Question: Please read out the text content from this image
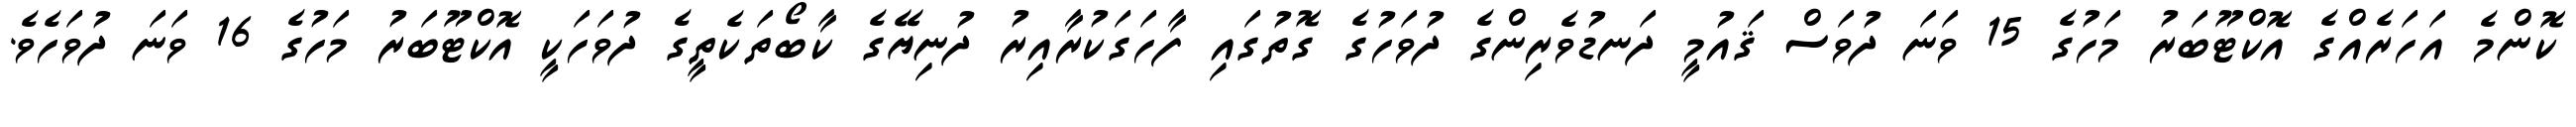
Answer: ކޮންމެ އަހަރެއްގެ އޮކްޓޫބަރު މަހުގެ 15 ވަނަ ދުވަސް ޤައުމީ ދަނޑުވެރިންގެ ދުވަހުގެ ގޮތުގައި ފާހަގަކުރާއިރު ދުނިޔޭގެ ކާބޯތަކެތީގެ ދުވަހަކީ އޮކްޓޫބަރު މަހުގެ 16 ވަނަ ދުވަހެވެ.